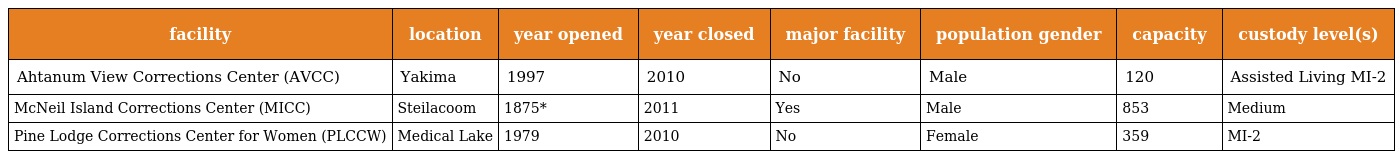
| facility | location | year opened | year closed | major facility | population gender | capacity | custody level(s) |
 | --- | --- | --- | --- | --- | --- | --- | --- |
 | Ahtanum View Corrections Center (AVCC) | Yakima | 1997 | 2010 | No | Male | 120 | Assisted Living MI-2 |
 | McNeil Island Corrections Center (MICC) | Steilacoom | 1875* | 2011 | Yes | Male | 853 | Medium |
 | Pine Lodge Corrections Center for Women (PLCCW) | Medical Lake | 1979 | 2010 | No | Female | 359 | MI-2 |